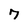
Character: 7